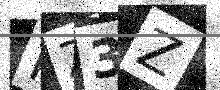
Text: HZ3Z